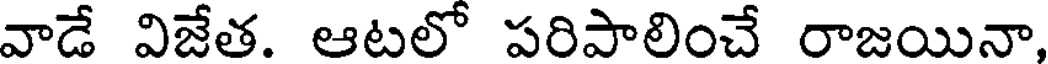
వాడే విజేత. ఆటలో పరిపాలించే రాజయినా,